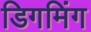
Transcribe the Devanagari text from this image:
डिगमिंग